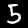
Digit: 5